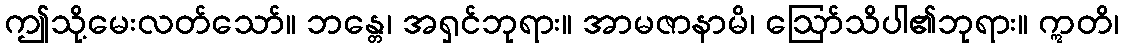
ဤသို့မေးလတ်သော်။ ဘန္တေ၊ အရှင်ဘုရား။ အာမဇာနာမိ၊ ဩော်သိပါ၏ဘုရား။ ဣတိ၊